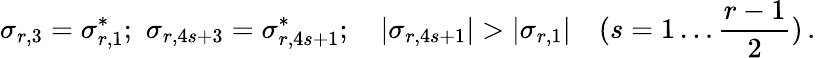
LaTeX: \sigma_{r,3}=\sigma_{r,1}^{*};\, \, \sigma_{r,4s+3}=\sigma_{r,4s+1}^{*};\quad|\sigma_{r,4s+1}|>|\sigma_{r,1}|\quad(s=1\ldots\frac{r-1}{2})\, .